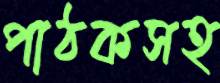
পাঠকসহ